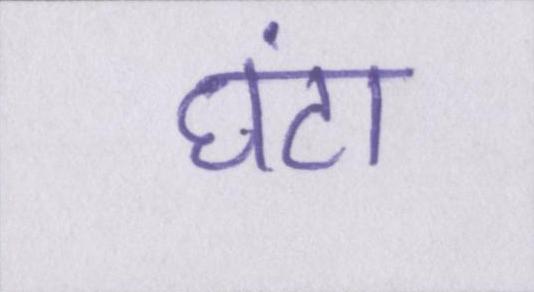
घंटा